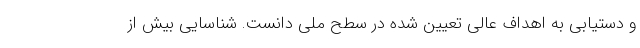
و دستیابی به اهداف عالی تعیین شده در سطح ملی دانست. شناسایی بیش از